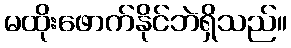
မထိုးဖောက်နိုင်ဘဲရှိသည်။